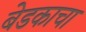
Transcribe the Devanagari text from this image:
बेडकाचा